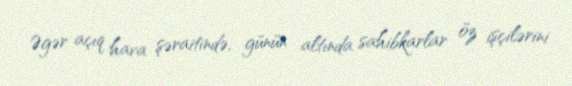
Əgər açıq hava şəraitində, günün altında sahibkarlar öz işçilərini